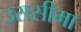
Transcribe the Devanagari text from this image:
उससीमा